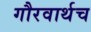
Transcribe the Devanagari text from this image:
गौरवार्थच